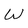
Character: W